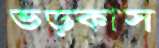
ভড়্‌কাস